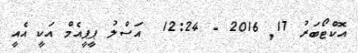
އޮކްޓޯބަރު 17